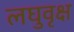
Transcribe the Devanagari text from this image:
लघुवृक्ष